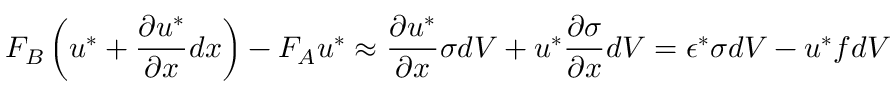
F _ { B } \left( u ^ { * } + { \frac { \partial u ^ { * } } { \partial x } } d x \right) - F _ { A } u ^ { * } \approx { \frac { \partial u ^ { * } } { \partial x } } \sigma d V + u ^ { * } { \frac { \partial \sigma } { \partial x } } d V = \epsilon ^ { * } \sigma d V - u ^ { * } f d V